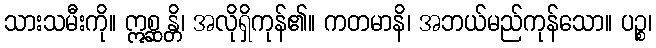
သားသမီးကို။ ဣစ္ဆန္တိ၊ အလိုရှိကုန်၏။ ကတမာနိ၊ အဘယ်မည်ကုန်သော။ ပဉ္စ၊